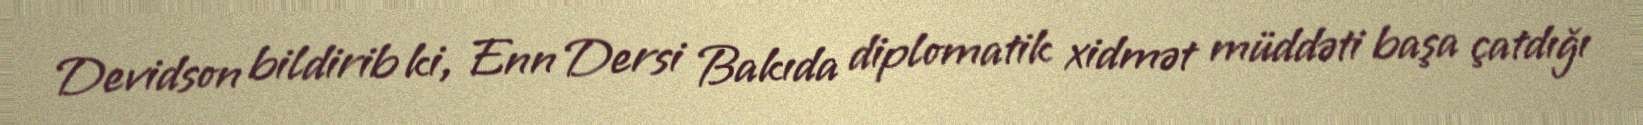
Devidson bildirib ki, Enn Dersi Bakıda diplomatik xidmət müddəti başa çatdığı